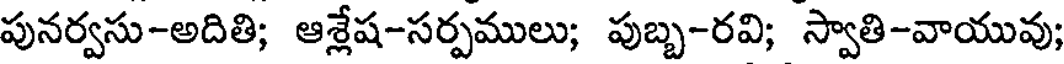
పునర్వసు-అదితి; ఆశ్లేష-సర్పములు; పుబ్బ-రవి; స్వాతి-వాయువు;